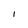
Character: I